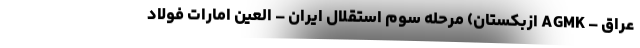
عراق – AGMK ازبکستان) مرحله سوم استقلال ایران – العین امارات فولاد